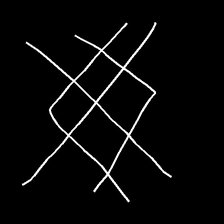
Glyph: crystal